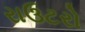
રાઉટરો